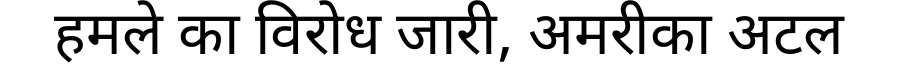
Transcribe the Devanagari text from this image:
हमले का विरोध जारी, अमरीका अटल